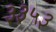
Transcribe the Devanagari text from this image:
३३५३